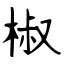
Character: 椒